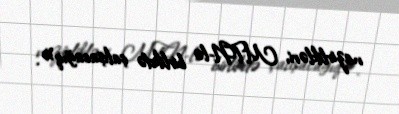
nazirlikləri, MTN-lə birlikdə çalışacağıq».